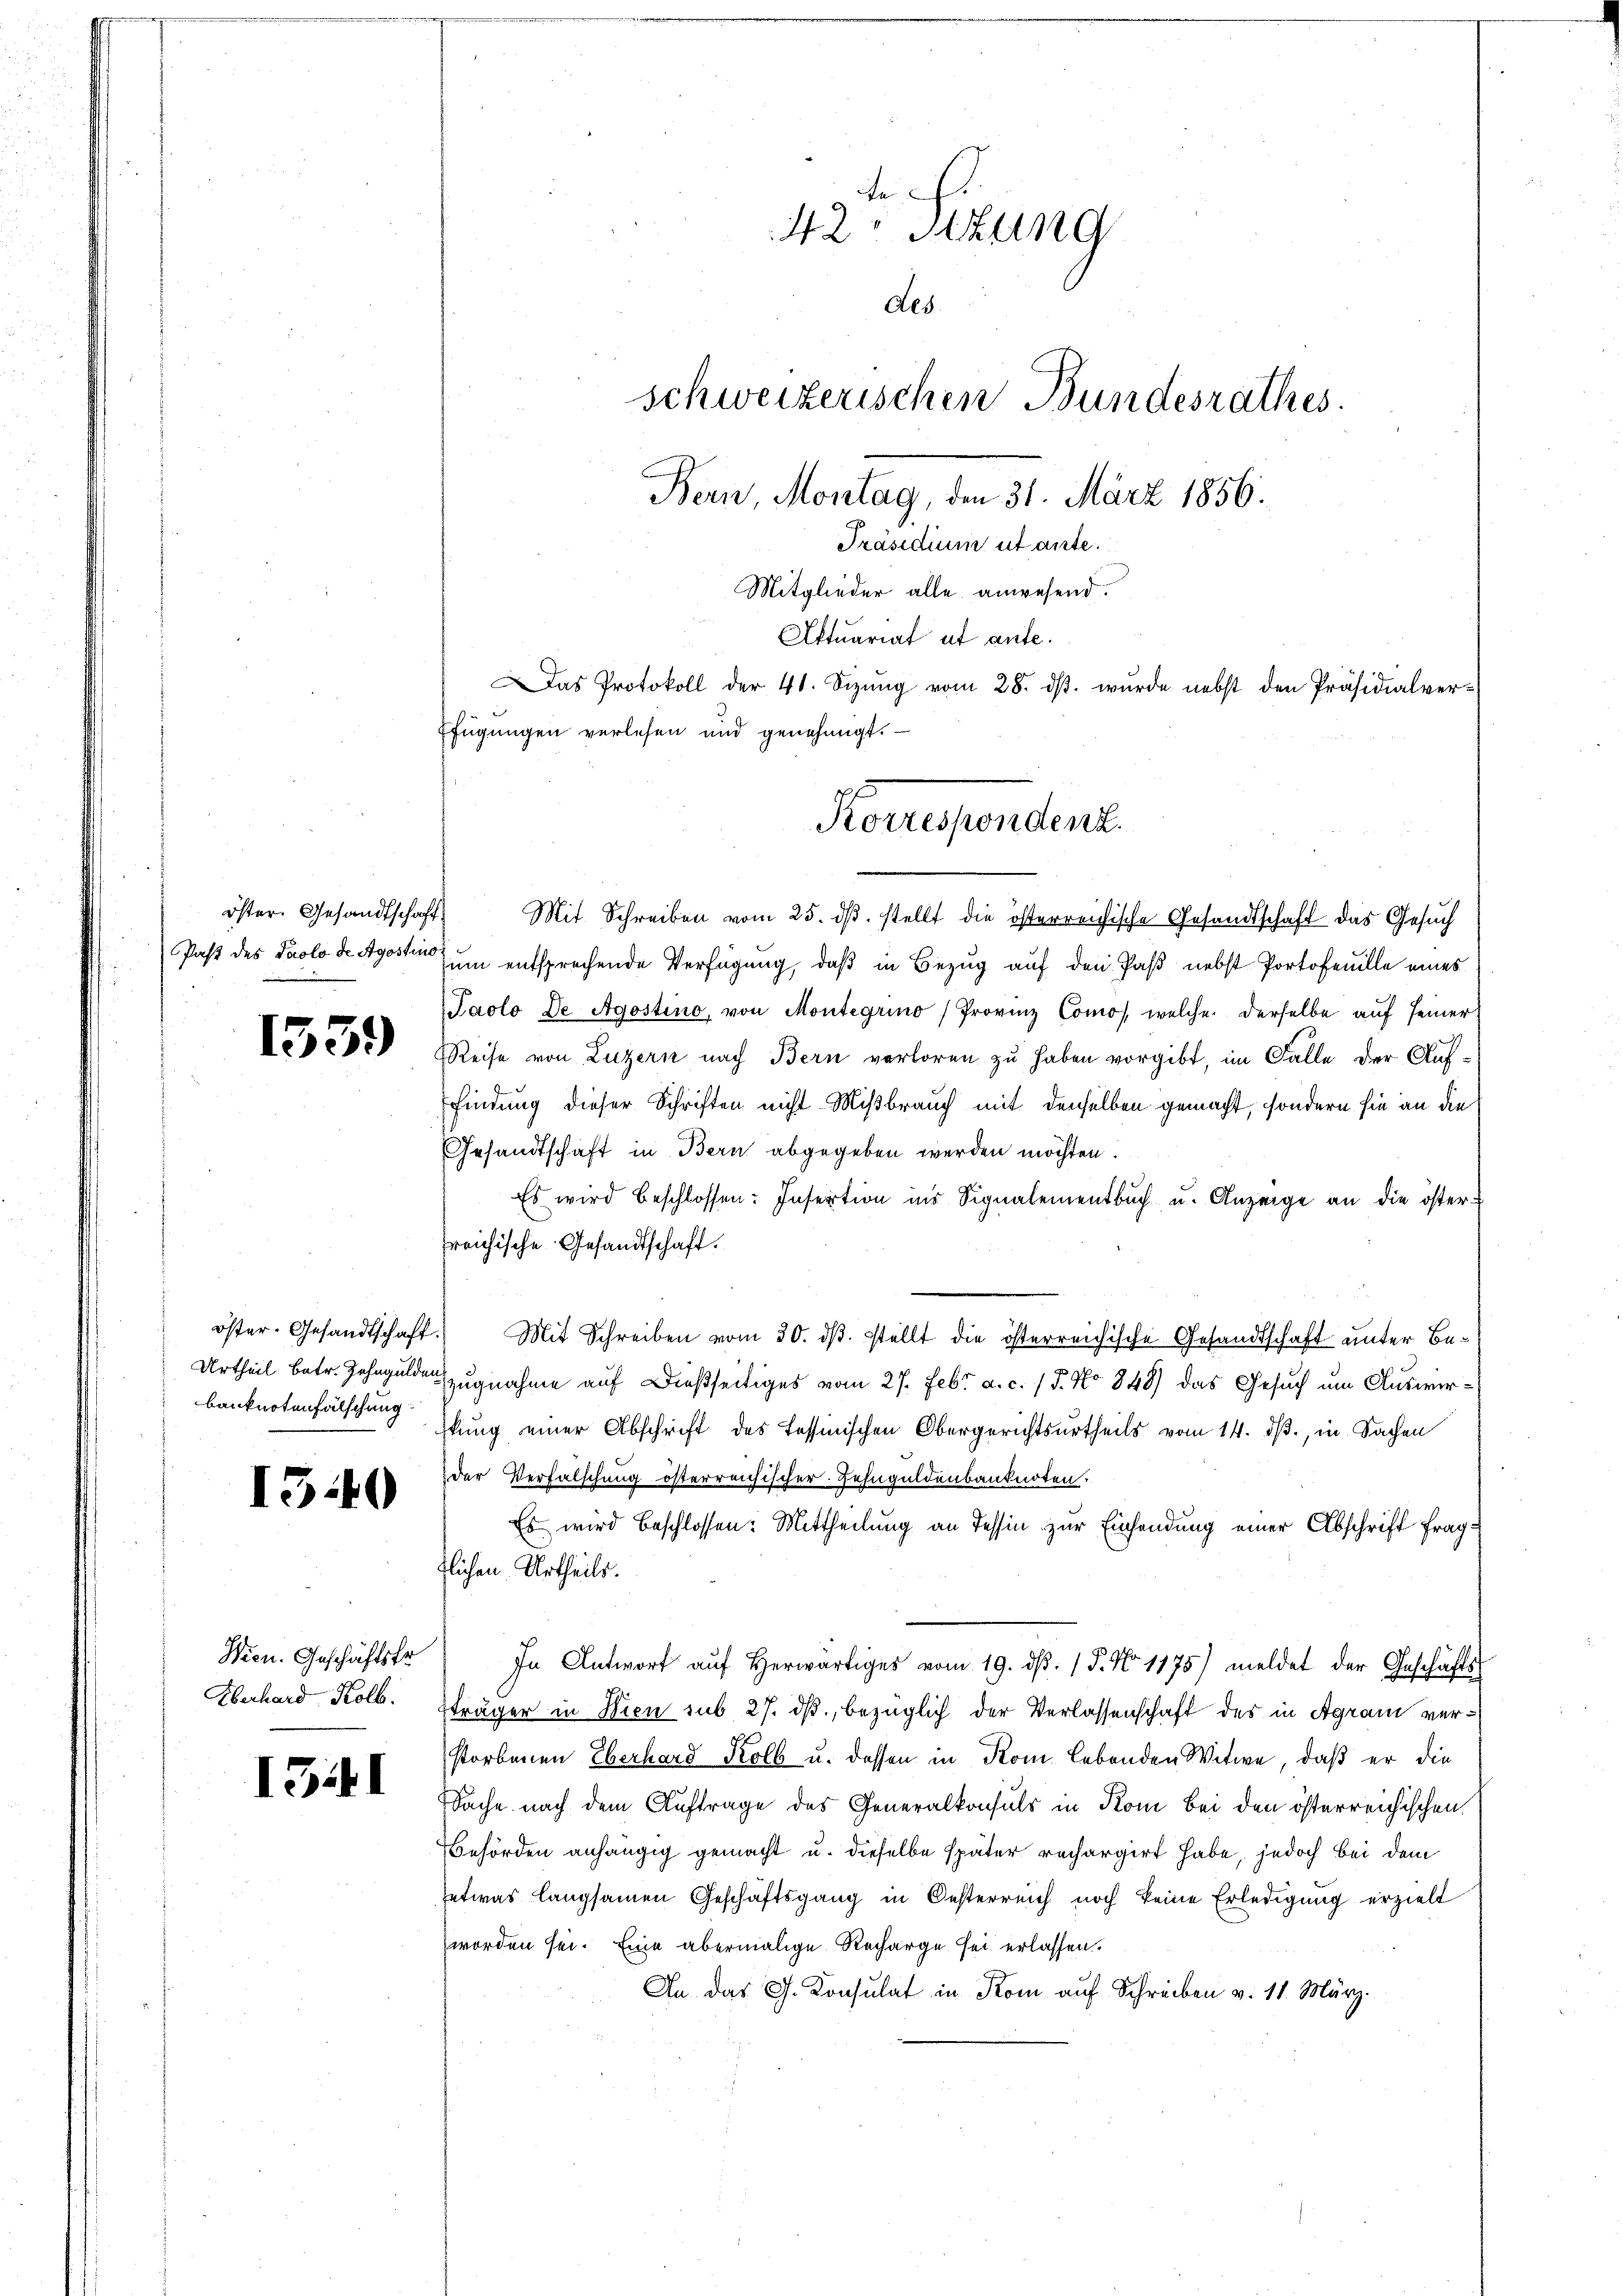
öster. Gesandtschaft
Past des Paolo de Apostins

1539

I3.40

Wien. Geschäftsfr
Überhard Kolb.

151

e
42 Stzung
des.
schweizerischen Bundesrathes.
Bern, Montag, den 31. März 1856.
Präsidium utante.
Mitglieder alle anwesend.
Aktuariat et ante.
as Protokoll der 41. Sizŭng vom 28. dβ. wurde nebst den Präsidialver¬
Efügungen verlesen und genehmigt.

Mit Schreiben vom 25. dβ. stellt die österreichische Gesandtschaft das Gesuch
zum entsprechende Verfügung, daß in Bezug auf den Paß nebst Portofeuille eines
Paolo De Agostino, von Montegrino Provinz Comos welche derselbe auf seiner
Reise von Luzern nach Bern verloren zu haben vorgibt, im Falle der Auffindung dieser Schriften nicht Mißbrauch mit denselben gemacht, sondern sie an die
Gesandtschaft in Bern abgegeben werden möchten.
Es wird beschlossen: Insertion ins Signalementbuch u. Anzeige an die österfreichische Gesandtschaft.
öster. Gesandtschaft. Mit Schreiben vom 30. dβ. stellt die österreichische Gesandtschaft unter Be-
Urtheil betr. Zehngeldern zugnahme auf dießseitiges vom 27. Febr. a. c. 15. No 848) das Gesuch um Auswirbanknotenfälschung stung einer Abschrift des Tessinischen Obergerichtsurtheils vom 14. ds., in Sachen
der Verfalschung österreichischer Zehnguldenbanknoten.
s wird beschlossen: Mittheilung an Tessin zur Einsendung einer Abschrift frag
tlichen Urtheils.
In Antwort aŭf herwärtiges vom 19. dβ. 15. No 1175) meldet der Geschäfts-
sträger in Wien sub 27. ds., bezüglich der Verlassenschaft des in Agram verstorbenen Eberhard Kolb u. dassen in Kom Lebenden Witwe, daß er die
Sache nach dem Auftrage des Generalkonsuls in Rom Bei den österreichischen
Behörden anhängig gemacht u. dieselbe später rechargirt habe, jedoch bei dem
etwas langsamen Geschäftsgang in Oesterreich noch keine Erledigung erzielt
worden sei. Eine abermalige Recharge sei erlassen.
An das J. Konsulat in Kom auf Schreiben v. 11. März.

Korrespondert.